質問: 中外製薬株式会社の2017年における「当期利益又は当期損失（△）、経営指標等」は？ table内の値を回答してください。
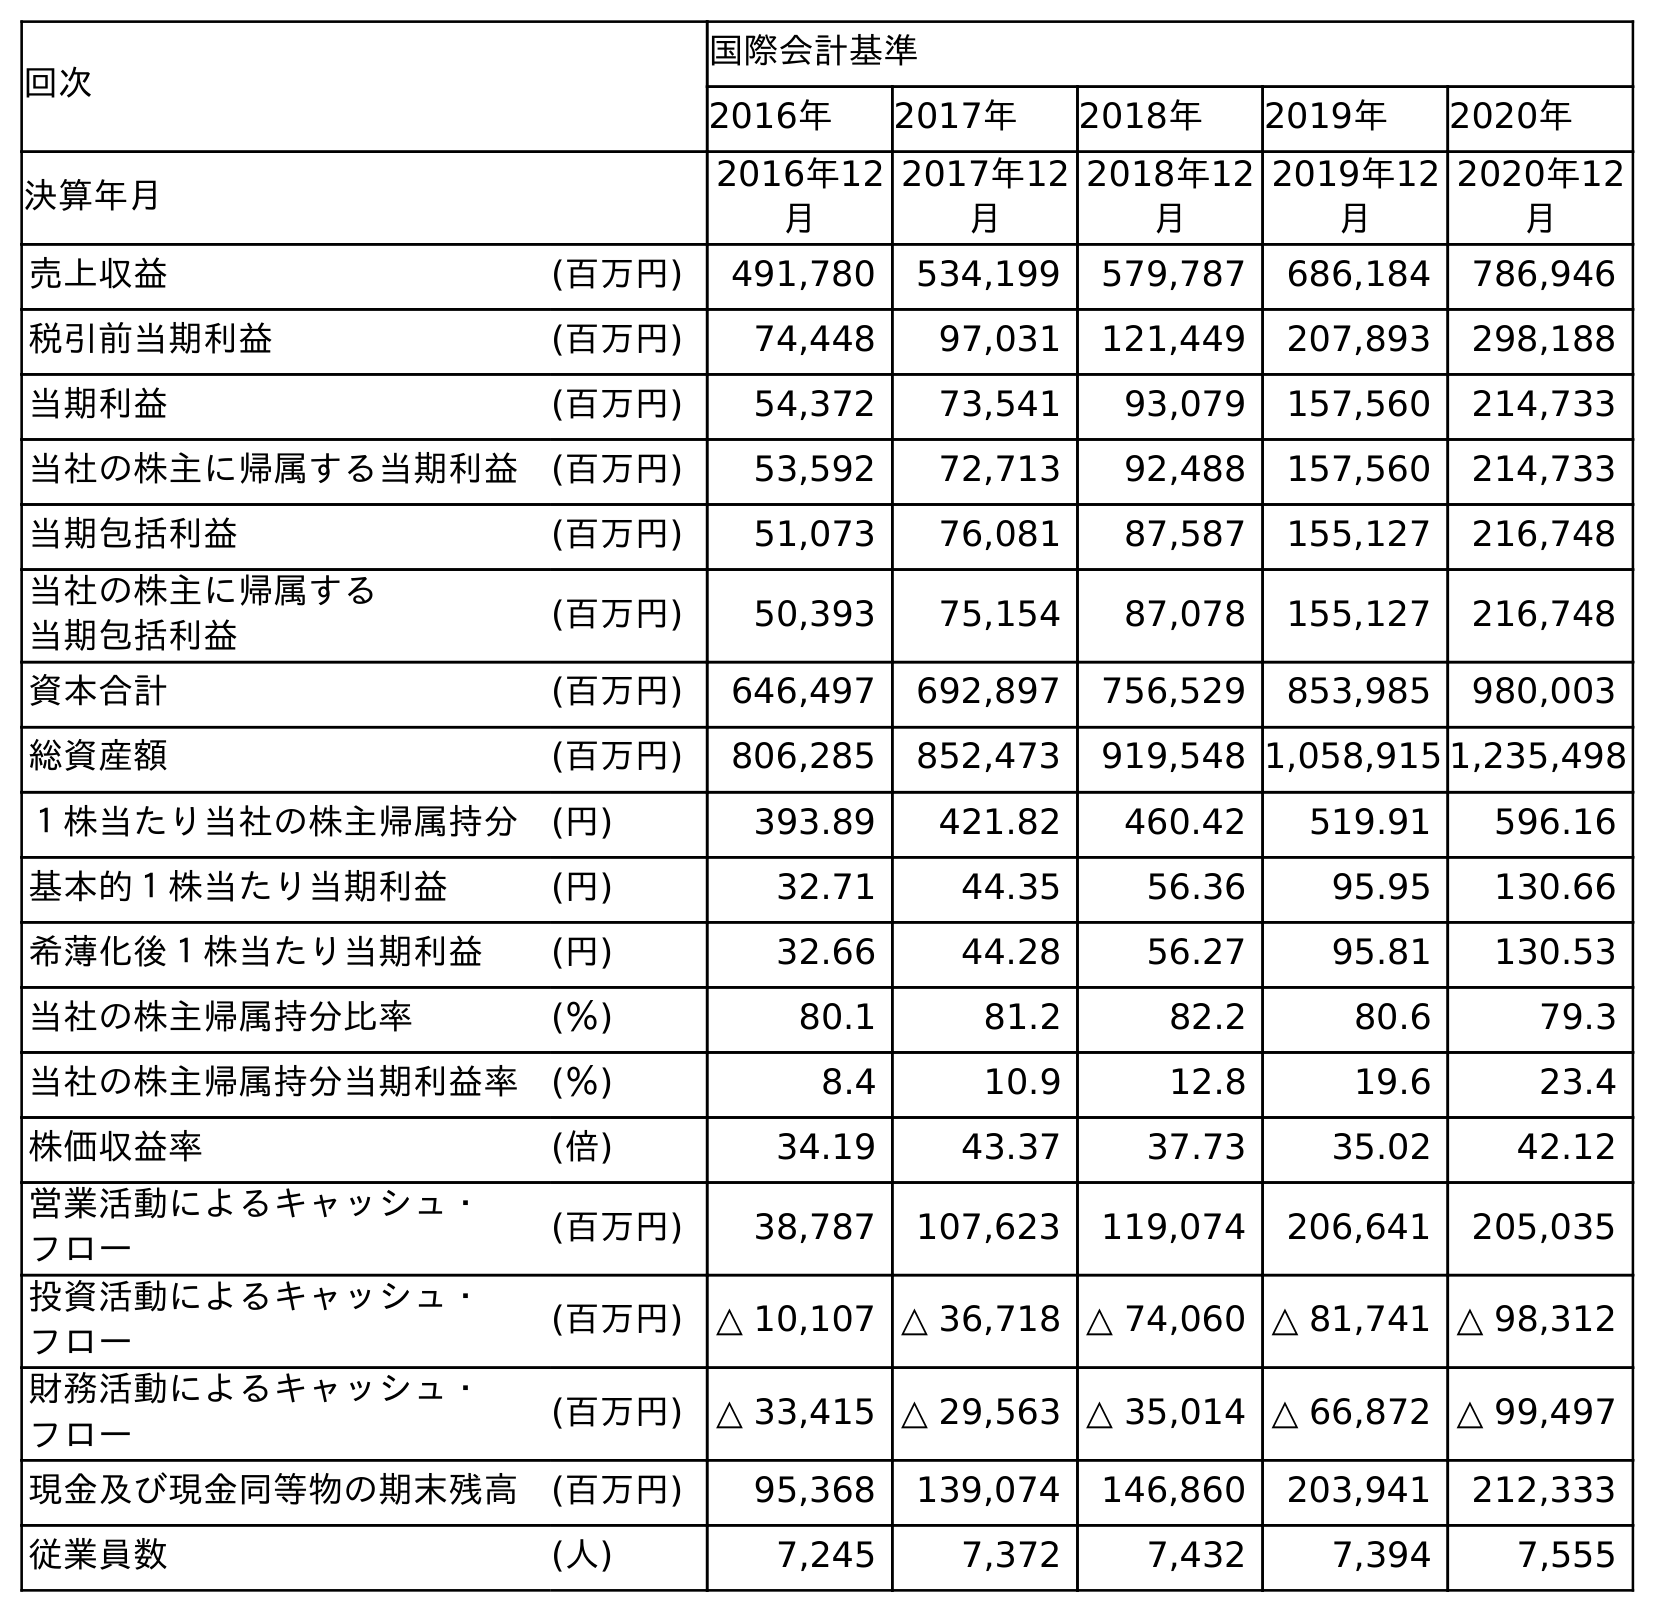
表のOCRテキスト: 回次 国際会計基準 2016年 2017年 2018年 2019年 2020年 決算年月 2016年12 月 2017年12 月 2018年12 月 2019年12 月 2020年12 月 売上収益 (百万円) 491,780 534,199 579,787 686,184 786,946 税引前当期利益 (百万円) 74,448 97,031 121,449 207,893 298,188 当期利益 (百万円) 54,372 73,541 93,079 157,560 214,733 当社の株主に帰属する当期利益 (百万円) 53,592 72,713 92,488 157,560 214,733 当期包括利益 (百万円) 51,073 76,081 87,587 155,127 216,748 当社の株主に帰属する 当期包括利益 (百万円) 50,393 75,154 87,078 155,127 216,748 資本合計 (百万円) 646,497 692,897 756,529 853,985 980,003 総資産額 (百万円) 806,285 852,473 919,548 1,058,915 1,235,498 １株当たり当社の株主帰属持分 (円) 393.89 421.82 460.42 519.91 596.16 基本的１株当たり当期利益 (円) 32.71 44.35 56.36 95.95 130.66 希薄化後１株当たり当期利益 (円) 32.66 44.28 56.27 95.81 130.53 当社の株主帰属持分比率 (％) 80.1 81.2 82.2 80.6 79.3 当社の株主帰属持分当期利益率 (％) 8.4 10.9 12.8 19.6 23.4 株価収益率 (倍) 34.19 43.37 37.73 35.02 42.12 営業活動によるキャッシュ・ フロー (百万円) 38,787 107,623 119,074 206,641 205,035 投資活動によるキャッシュ・ フロー (百万円) △ 10,107 △ 36,718 △ 74,060 △ 81,741 △ 98,312 財務活動によるキャッシュ・ フロー (百万円) △ 33,415 △ 29,563 △ 35,014 △ 66,872 △ 99,497 現金及び現金同等物の期末残高 (百万円) 95,368 139,074 146,860 203,941 212,333 従業員数 (人) 7,245 7,372 7,432 7,394 7,555
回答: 73,541